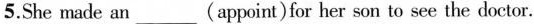
5.She made an___(appoint)for her son to see the doctor.